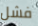
فشل